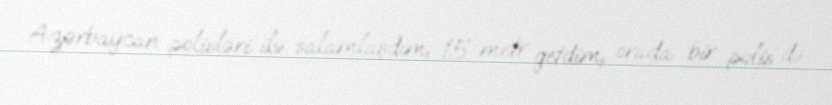
Azərbaycan polisləri ilə salamlaşdım, 15 metr getdim, orada bir polis də